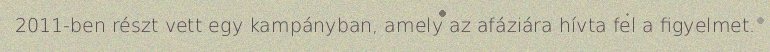
2011-ben részt vett egy kampányban, amely az afáziára hívta fel a figyelmet.